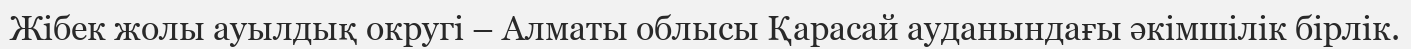
Жібек жолы ауылдық округі – Алматы облысы Қарасай ауданындағы әкімшілік бірлік.